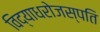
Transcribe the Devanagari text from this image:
विद्याधरोजस्पति